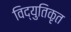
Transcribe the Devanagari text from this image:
विद्युतिकृत